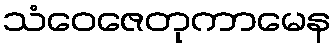
သံဝေဇေတုကာမေန